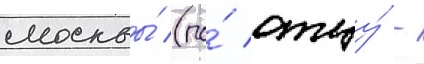
москвы́ (по́ отцу́ -